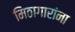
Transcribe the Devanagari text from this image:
मिठागारांना